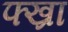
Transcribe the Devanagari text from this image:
फ्ख्रा